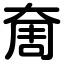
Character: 奝